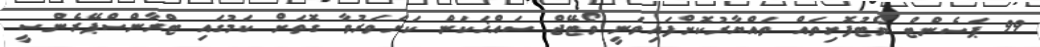
99 ޕަސެންޓް ވޯޓުފޮށިތައް ތައްޔާރުކޮށްފައިވަނީ ވޯޓޭޖް ސައްޚަކަން ކަށަވަރުވާ ގޮތަށް ކަމުގައި ޓްރާންސްޕޭރެންސީ